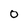
Character: O